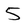
Character: 5